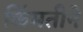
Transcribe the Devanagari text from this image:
किंमतीने